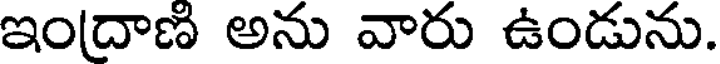
ఇందాణి అను వారు ఉండును.